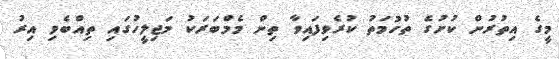
މީގެ އިތުރުން ކުށުގެ ތުހުމަތު ކުރެވިފައިވާ ތިން މެމްބަރަކު މަޖިލީހުގައި ތިއްބެވި އިރު